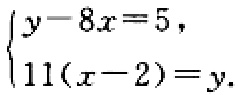
$\begin{cases}y - 8x = 5,\\11(x - 2)=y.\end{cases}$